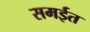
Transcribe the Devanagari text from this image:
समईत